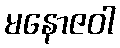
မနောဇဝါ